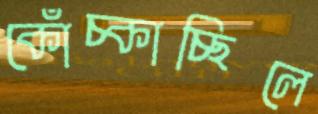
কোঁচ্‌কাচ্ছিলে